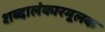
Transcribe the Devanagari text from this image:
शब्दालंकारमूलक